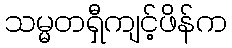
သမ္မတရှီကျင့်ဖိန်က